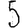
Digit: 5